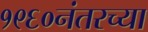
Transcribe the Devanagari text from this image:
१९६०नंतरच्या